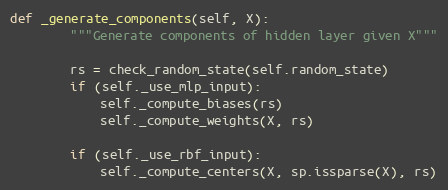
Language: Python
def _generate_components(self, X):
        """Generate components of hidden layer given X"""

        rs = check_random_state(self.random_state)
        if (self._use_mlp_input):
            self._compute_biases(rs)
            self._compute_weights(X, rs)

        if (self._use_rbf_input):
            self._compute_centers(X, sp.issparse(X), rs)